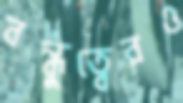
বন্ধুত্বেরও